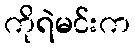
ကိုရဲမင်းက